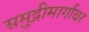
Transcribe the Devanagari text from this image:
समुद्रीमार्गावर